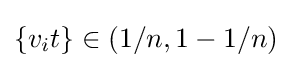
\{v_{i}t\}\in (1/n,1-1/n)